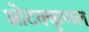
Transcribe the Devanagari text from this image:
ओटक्कुणल